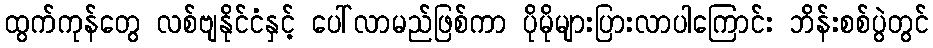
ထွက်ကုန်တွေ လစ်ဗျနိုင်ငံနှင့် ပေါ်လာမည်ဖြစ်ကာ ပိုမိုများပြားလာပါကြောင်း ဘိန်းစစ်ပွဲတွင်